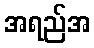
အရည်အ